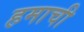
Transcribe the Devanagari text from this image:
हमाची